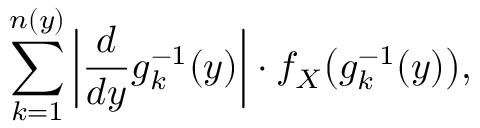
\sum _ { k = 1 } ^ { n ( y ) } \left| { \frac { d } { d y } } g _ { k } ^ { - 1 } ( y ) \right| \cdot f _ { X } { \big ( } g _ { k } ^ { - 1 } ( y ) { \big ) } ,